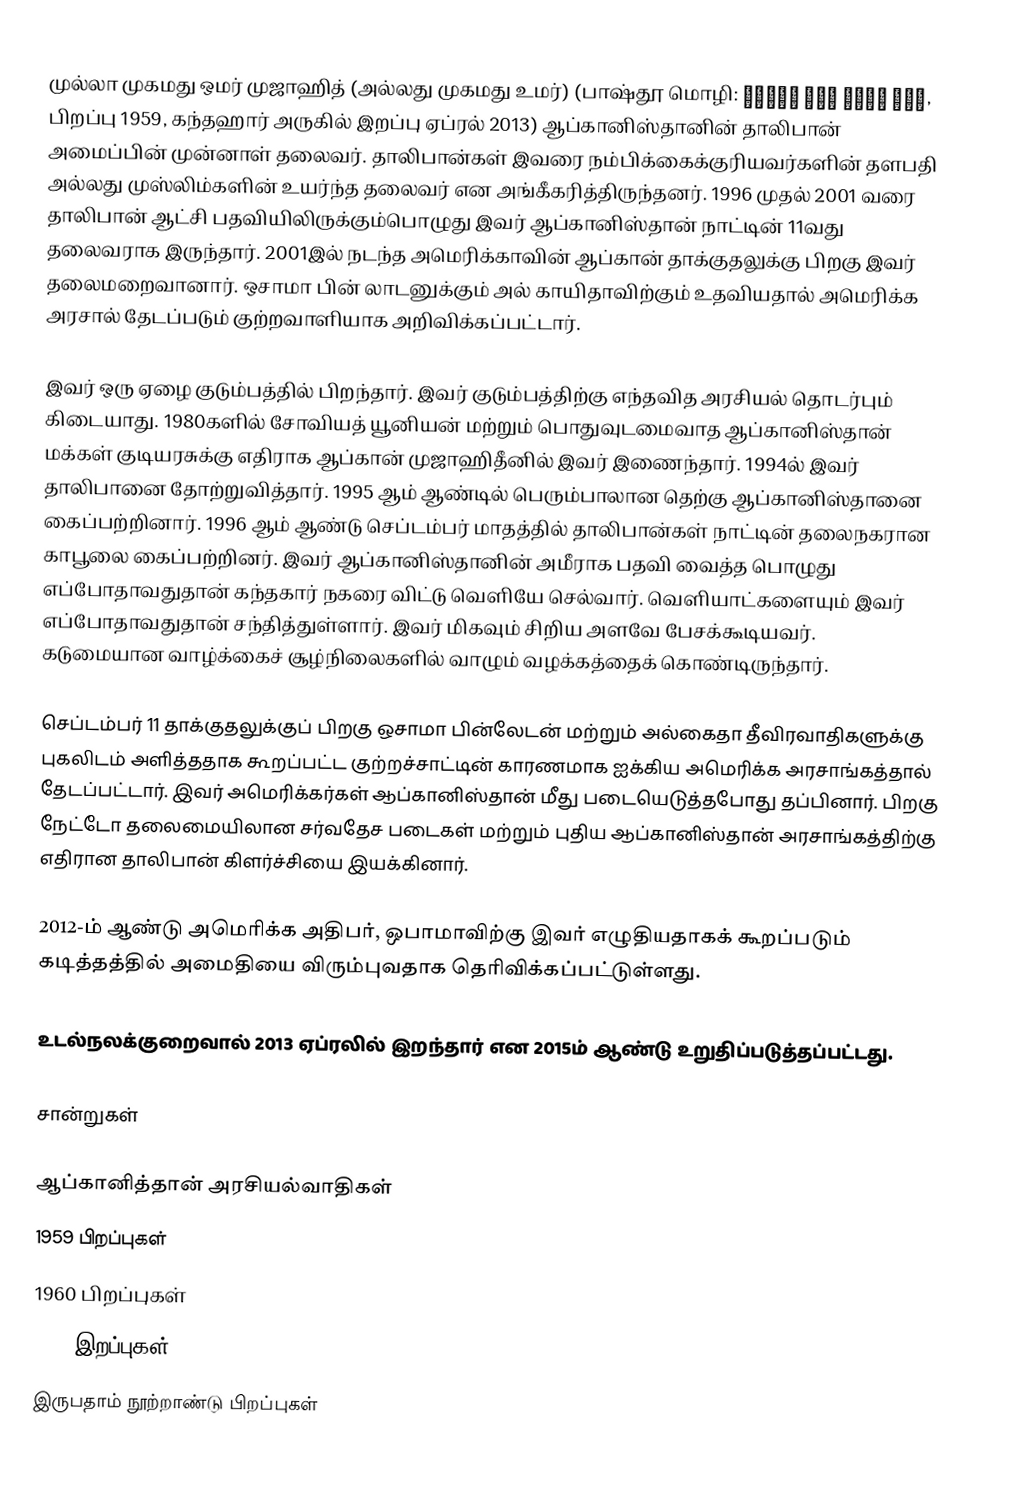
முல்லா முகமது ஒமர் முஜாஹித் (அல்லது முகமது உமர்) (பாஷ்தூ மொழி: ملا محمد عمر مجاهد, பிறப்பு 1959, கந்தஹார் அருகில்  இறப்பு ஏப்ரல் 2013) ஆப்கானிஸ்தானின் தாலிபான் அமைப்பின் முன்னாள் தலைவர். தாலிபான்கள் இவரை நம்பிக்கைக்குரியவர்களின் தளபதி அல்லது முஸ்லிம்களின் உயர்ந்த தலைவர் என அங்கீகரித்திருந்தனர். 1996 முதல் 2001 வரை தாலிபான் ஆட்சி பதவியிலிருக்கும்பொழுது இவர் ஆப்கானிஸ்தான் நாட்டின் 11வது தலைவராக இருந்தார். 2001இல் நடந்த அமெரிக்காவின் ஆப்கான் தாக்குதலுக்கு பிறகு இவர் தலைமறைவானார். ஒசாமா பின் லாடனுக்கும் அல் காயிதாவிற்கும் உதவியதால் அமெரிக்க அரசால் தேடப்படும் குற்றவாளியாக அறிவிக்கப்பட்டார்.

இவர் ஒரு ஏழை குடும்பத்தில் பிறந்தார். இவர் குடும்பத்திற்கு எந்தவித அரசியல் தொடர்பும் கிடையாது. 1980களில் சோவியத் யூனியன் மற்றும் பொதுவுடமைவாத ஆப்கானிஸ்தான் மக்கள் குடியரசுக்கு எதிராக ஆப்கான் முஜாஹிதீனில் இவர் இணைந்தார். 1994ல் இவர் தாலிபானை தோற்றுவித்தார். 1995 ஆம் ஆண்டில் பெரும்பாலான தெற்கு ஆப்கானிஸ்தானை கைப்பற்றினார். 1996 ஆம் ஆண்டு செப்டம்பர் மாதத்தில் தாலிபான்கள் நாட்டின் தலைநகரான காபூலை கைப்பற்றினர். இவர் ஆப்கானிஸ்தானின் அமீராக பதவி வைத்த பொழுது எப்போதாவதுதான் கந்தகார் நகரை விட்டு வெளியே செல்வார். வெளியாட்களையும் இவர் எப்போதாவதுதான் சந்தித்துள்ளார். இவர் மிகவும் சிறிய அளவே பேசக்கூடியவர். கடுமையான வாழ்க்கைச் சூழ்நிலைகளில் வாழும் வழக்கத்தைக் கொண்டிருந்தார்.

செப்டம்பர் 11 தாக்குதலுக்குப் பிறகு ஒசாமா பின்லேடன் மற்றும் அல்கைதா தீவிரவாதிகளுக்கு புகலிடம் அளித்ததாக கூறப்பட்ட குற்றச்சாட்டின் காரணமாக ஐக்கிய அமெரிக்க அரசாங்கத்தால் தேடப்பட்டார். இவர் அமெரிக்கர்கள் ஆப்கானிஸ்தான் மீது படையெடுத்தபோது தப்பினார். பிறகு நேட்டோ தலைமையிலான சர்வதேச படைகள் மற்றும் புதிய ஆப்கானிஸ்தான் அரசாங்கத்திற்கு எதிரான தாலிபான் கிளர்ச்சியை இயக்கினார்.

2012-ம் ஆண்டு அமெரிக்க அதிபர், ஒபாமாவிற்கு இவர் எழுதியதாகக் கூறப்படும் கடித்தத்தில் அமைதியை விரும்புவதாக தெரிவிக்கப்பட்டுள்ளது.

உடல்நலக்குறைவால் 2013 ஏப்ரலில் இறந்தார் என 2015ம் ஆண்டு உறுதிப்படுத்தப்பட்டது.

சான்றுகள்

ஆப்கானித்தான் அரசியல்வாதிகள்
1959 பிறப்புகள்
1960 பிறப்புகள்
2013 இறப்புகள்
இருபதாம் நூற்றாண்டு பிறப்புகள்